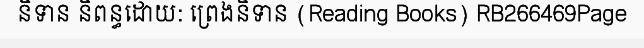
និទាន និពន្ធដោយ: ព្រេងនិទាន (Reading Books) RB266469Page